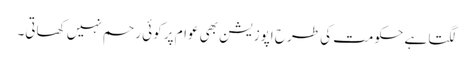
لگتا ہے حکومت کی طرح اپوزیشن بھی عوام پر کوئی رحم نہیں کھاتی۔